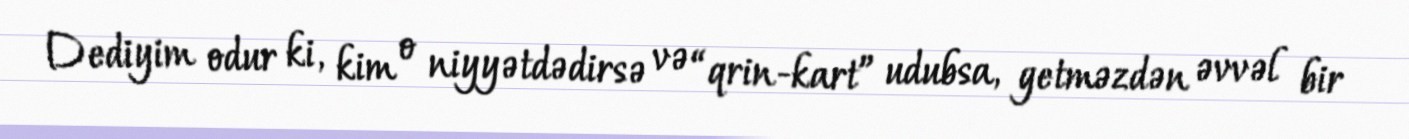
Dediyim odur ki, kim o niyyətdədirsə və “qrin-kart” udubsa, getməzdən əvvəl bir